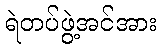
ရဲတပ်ဖွဲ့အင်အား